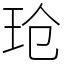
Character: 玱